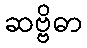
ဆဗ္ဗိဓာ